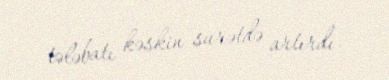
tələbatı kəskin surətdə artırdı.